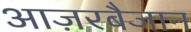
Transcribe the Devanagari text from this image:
आज़रबैजान